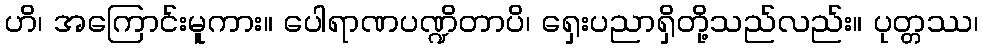
ဟိ၊ အကြောင်းမူကား။ ပေါရာဏပဏ္ဍိတာပိ၊ ရှေးပညာရှိတို့သည်လည်း။ ပုတ္တဿ၊